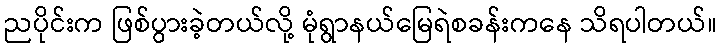
ညပိုင်းက ဖြစ်ပွားခဲ့တယ်လို့ မုံရွာနယ်မြေရဲစခန်းကနေ သိရပါတယ်။